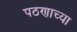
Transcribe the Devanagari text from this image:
पठणाच्या